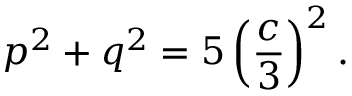
p ^ { 2 } + q ^ { 2 } = 5 \left( { \frac { c } { 3 } } \right) ^ { 2 } .